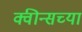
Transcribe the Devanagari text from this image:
क्वीन्सच्या